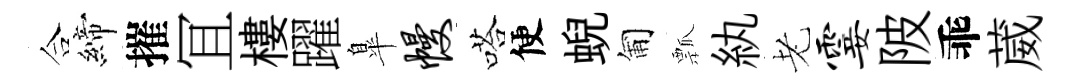
合締摧冝樓躍臯幔嗒便蜺匍瓢紈老霎陂乖葳